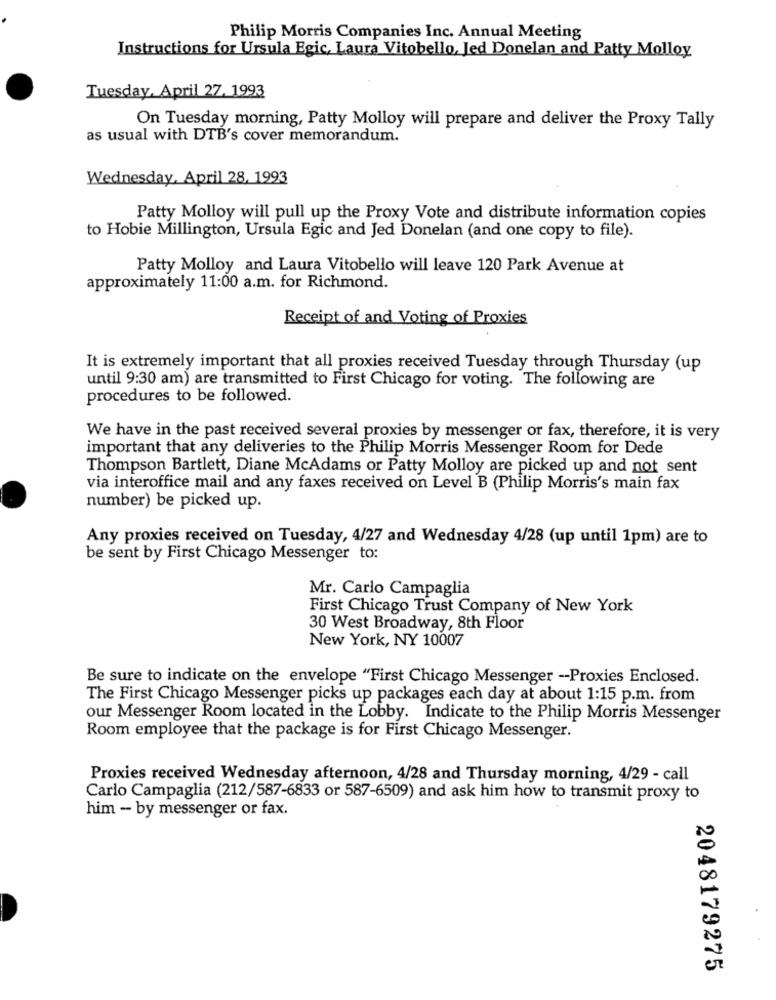
Philip Morris Companies Inc. Annual Meeting
Instructions for Ursula Egic, Laura Vitobello, Jed Donelan and Patty Molloy
Tuesday, April 27. 1993
On Tuesday morning, Patty Molloy will prepare and deliver the Proxy Tally
as usual with DTB's cover memorandum.
Wednesday, April 28, 1993
Patty Molloy will pull up the Proxy Vote and distribute information copies
to Hobie Millington, Ursula Egic and Jed Donelan (and one copy to file).
Patty Molloy and Laura Vitobello will leave 120 Park Avenue at
approximately 11:00 a.m. for Richmond.
Receipt of and Voting of Proxies
It is extremely important that all proxies received Tuesday through Thursday (up
until 9:30 am) are transmitted to First Chicago for voting. The following are
procedures to be followed.
We have in the past received several proxies by messenger or fax, therefore, it is very
important that any deliveries to the Philip Morris Messenger Room for Dede
Thompson Bartlett, Diane McAdams or Patty Molloy are picked up and not sent
via interoffice mail and any faxes received on Level B (Philip Morris's main fax
number) be picked up.
Any proxies received on Tuesday, 4/27 and Wednesday 4/28 (up until 1pm) are to
be sent by First Chicago Messenger to:
Mr. Carlo Campaglia
First Chicago Trust Company of New York
30 West Broadway, 8th Floor
New York, NY 10007
Be sure to indicate on the envelope "First Chicago Messenger -Proxies Enclosed.
The First Chicago Messenger picks up packages each day at about 1:15 p.m. from
our Messenger Room located in the Lobby. Indicate to the Philip Morris Messenger
Room employee that the package is for First Chicago Messenger.
Proxies received Wednesday afternoon, 4/28 and Thursday morning, 4/29 - call
Carlo Campaglia (212/587-6833 or 587-6509) and ask him how to transmit proxy to
him - by messenger or fax.
2048179275